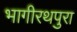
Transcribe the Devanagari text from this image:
भागीरथपुरा